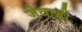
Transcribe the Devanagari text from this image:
जेवाड़ी